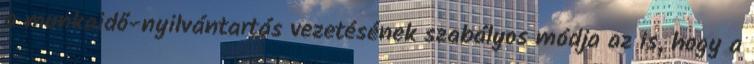
a munkaidő-nyilvántartás vezetésének szabályos módja az is, hogy a